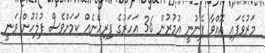
މަރުވެފައި އޮއްވާ ފެނުނީ އުމުރުން 36 އަހަރުގެ ފިރިހެނެއް ކަމަށްވެސް ފުލުހުން ވަނީ